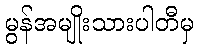
မွန်အမျိုးသားပါတီမှ